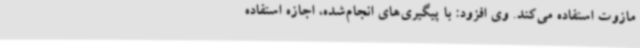
مازوت استفاده می‌کند. وی افزود: با پیگیری‌های انجام‌شده، اجازه استفاده